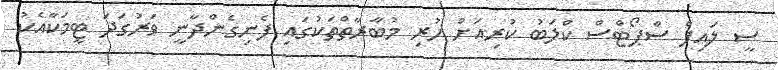
ސީ ލައިފް ސްޕޯޓްސް ކްލަބު ކުރިއަށް ހުރި މުބާރާތްތަކުގައި ފެނިގެންދާނީ ވަރުގަދަ ޓީމަކާއެކު